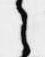
之